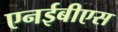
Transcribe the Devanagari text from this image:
एनईबीएस